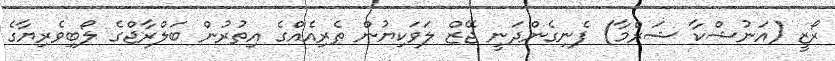
ރޯޒީ (އަނުޝްކާ ޝަރްމާ) ފެނިގެންދަނީ ޖޭޒް ލަވަކިޔުން ތެރިއެއްގެ އިތުރުން ބަލްރާޖްގެ ލޯބިވެރިޔާގެ